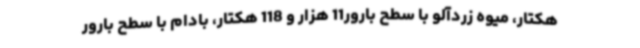
هکتار، میوه زردآلو با سطح بارور11 هزار و 118 هکتار، بادام با سطح بارور